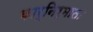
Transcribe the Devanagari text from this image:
कार्निर्माता